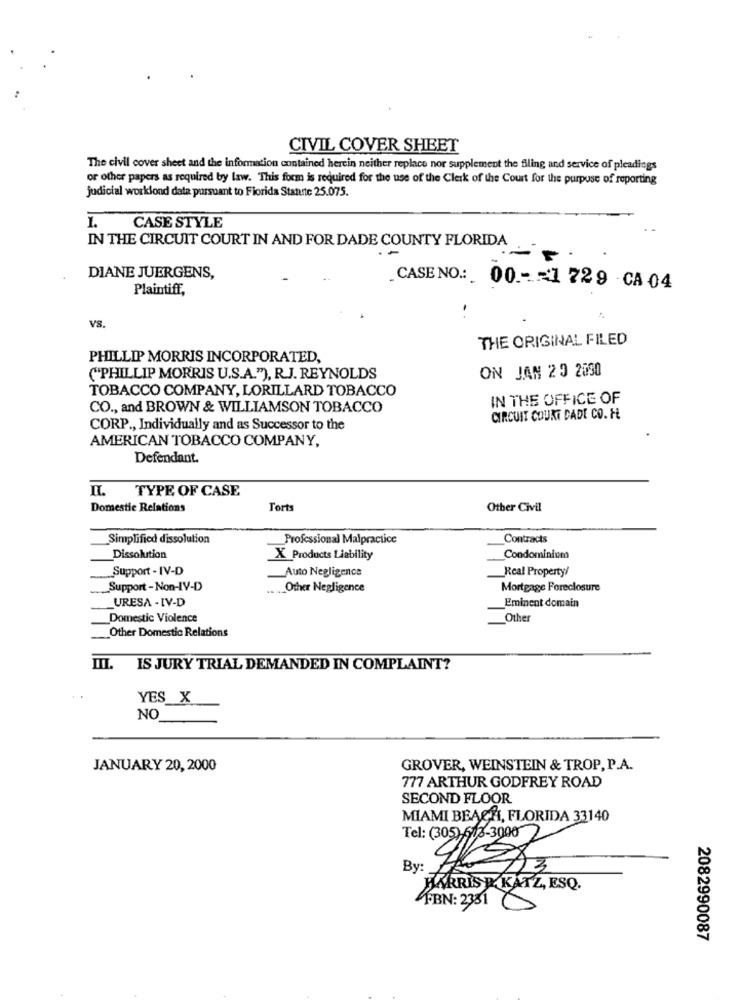
CIVIL COVER SHEET
The civil cover sheet and the information contained herein neither replace nor supplement the filing and service of pleadings
or other papers as required by law. This form is required for the use of the Clerk of the Court for the purpose of reporting
judicial workfond data pursuant to Florida Stante 25.075.
1.
CASE STYLE
IN THE CIRCUIT COURT IN AND FOR DADE COUNTY FLORIDA
.-
DIANE JUERGENS,
Plaintiff,
CASE NO .: 00 .-= 1 229 - CA 04
VS.
THE ORIGINAL FILED
PHILLIP MORRIS INCORPORATED,
ON JAN 20 2090
("PHILLIP MORRIS U.S.A."), RJ. REYNOLDS
TOBACCO COMPANY, LORILLARD TOBACCO
IN THE OFFICE OF
CO ., and BROWN & WILLIAMSON TOBACCO
CIRCUIT COURT DADE CO. H.
CORP ., Individually and as Successor to the
AMERICAN TOBACCO COMPANY,
Defendant.
TYPE OF CASE
Domestic Relations
Torts
Other Civil
Simplified dissolution
Professional Malpractice
Contracts
Dissolution
X Products Liability
Condominium
Support - IV-D
Auto Negligence
Real Property/
Support -Non-IV-D
Other Negligence
Mortgage Foreclosure
URESA - IV-D
Eminent domain
Domestic Violence
Other
Other Domestic Relations
III. IS JURY TRIAL DEMANDED IN COMPLAINT?
YES_X
NO
JANUARY 20, 2000
GROVER, WEINSTEIN & TROP, P.A.
777 ARTHUR GODFREY ROAD
SECOND FLOOR
MIAMI BEACH, FLORIDA 33140
Tel: (305)613-3000
By
HARRIS DI KATZ, ESQ.
FBN: 2351C
2082990087